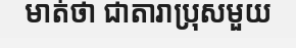
មាត់ថា ជាតារាប្រុសមួយ